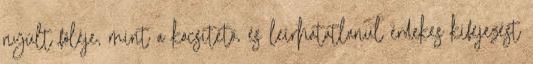
nyúlt föléje, mint a kocsitető, és leírhatatlanul érdekes kifejezést